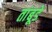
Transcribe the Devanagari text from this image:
तांबूडे